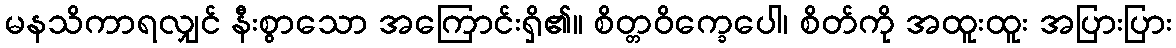
မနသိကာရလျှင် နီးစွာသော အကြောင်းရှိ၏။ စိတ္တဝိက္ခေပေါ၊ စိတ်ကို အထူးထူး အပြားပြား